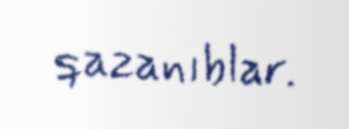
qazanıblar.